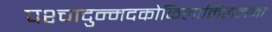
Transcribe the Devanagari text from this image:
पश्चादुन्मदकोकिलालिललना